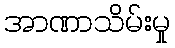
အာဏာသိမ်းမှု